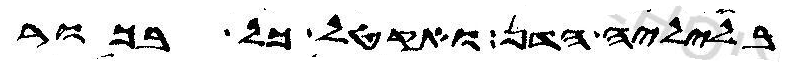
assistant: בליליה הדן ואקטל כל בכור